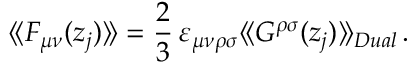
\langle \! \langle F _ { \mu \nu } ( z _ { j } ) \rangle \! \rangle = { \frac { 2 } { 3 } } \, \varepsilon _ { \mu \nu \rho \sigma } \langle \! \langle G ^ { \rho \sigma } ( z _ { j } ) \rangle \! \rangle _ { D u a l } \, .